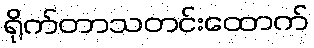
ရိုက်တာသတင်းထောက်